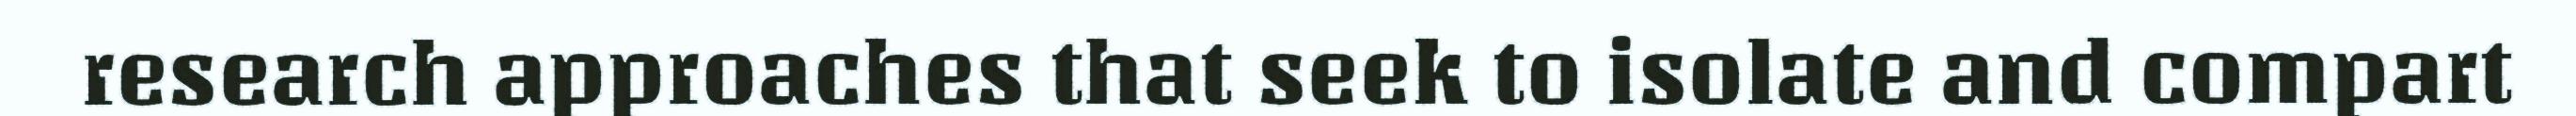
research approaches that seek to isolate and compart